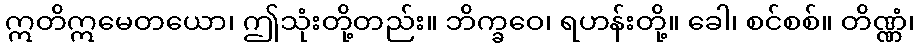
ဣတိဣမေတယော၊ ဤသုံးတို့တည်း။ ဘိက္ခဝေ၊ ရဟန်းတို့။ ခေါ၊ စင်စစ်။ တိဏ္ဏံ၊